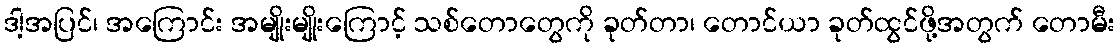
ဒါ့အပြင်၊ အကြောင်း အမျိုးမျိုးကြောင့် သစ်တောတွေကို ခုတ်တာ၊ တောင်ယာ ခုတ်ထွင်ဖို့အတွက် တောမီး